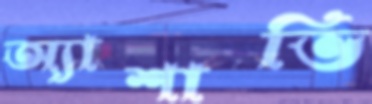
অ্যাশাভি